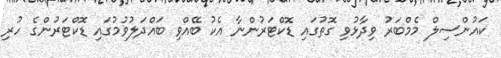
ކައުންސިލް މެމްބަރު ވިދާޅުވި ގޮތުގައި ޑޮކްޓަރުންނާ އެކު ބޭއްވި ބައްދަލުވުމުގައި ޑޮކްޓަރުންގެ ހުރި